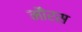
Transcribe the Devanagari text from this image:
मौरस